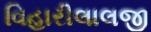
વિહારીલાલજી